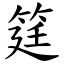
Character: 筳